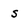
Character: s